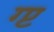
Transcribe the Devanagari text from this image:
ग्प्ट